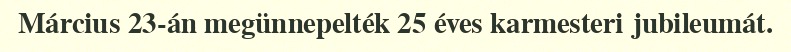
Március 23-án megünnepelték 25 éves karmesteri jubileumát.